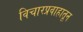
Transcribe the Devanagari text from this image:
विचारप्रवाहातून